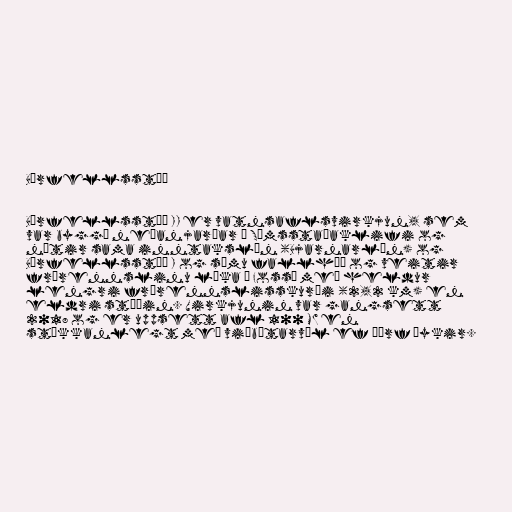
Búrfellsstöð

Búrfellsstöð II er vatnsaflsvirkjun, sem
var byggð neðanjarðar í Sámsstaðaklifi og
nýtir sama inntakslón (Bjarnarlón) og
Búrfellsstöð I og sömu fallhæð og veitir
frárennslinu líka í Fossá með heldur
lengri frárennslisskurði (2,2 km) en
eldri stöðin. Virkjunin var gangsett
2018 og er uppsett afl 100 MW en
stækkanlegt með viðbótarvél ef þörf þykir.